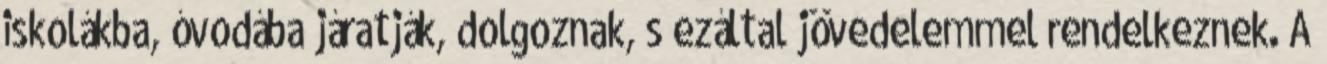
iskolákba, óvodába járatják, dolgoznak, s ezáltal jövedelemmel rendelkeznek. A